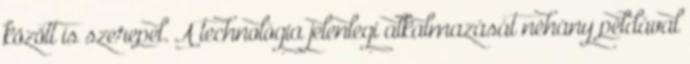
között is szerepel. A technológia jelenlegi alkalmazását néhány példával